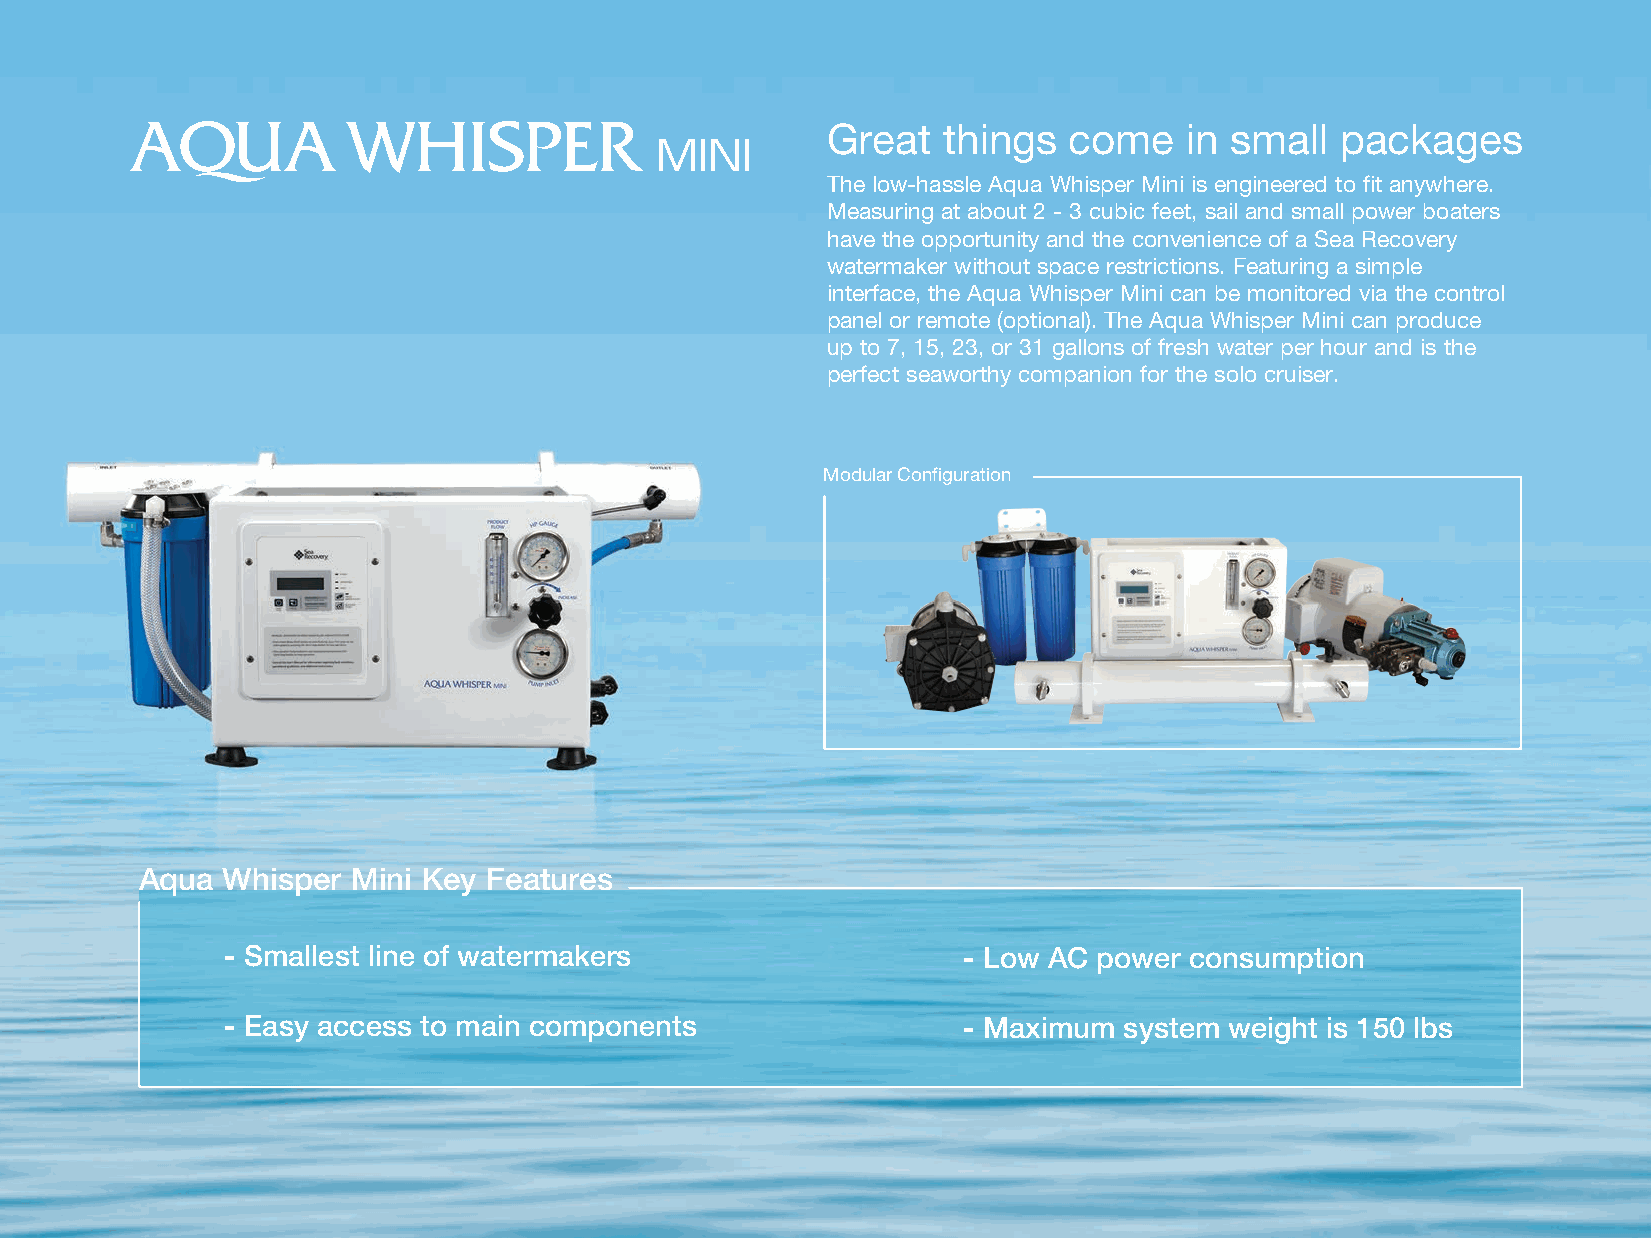
Great  things   come    in small  packages
 MINI
 The low-hassle Aqua Whisper Mini is engineered to fit anywhere.
 Measuring at about 2 - 3 cubic feet, sail and small power boaters
 have the opportunity and the convenience of a Sea Recovery
 watermaker without space restrictions. Featuring a simple
 interface, the Aqua Whisper Mini can be monitored via the control
 panel or remote (optional). The Aqua Whisper Mini can produce
 up to 7, 15, 23, or 31 gallons of fresh water per hour and is the
 perfect seaworthy companion for the solo cruiser.
 Modular Configuration
 Aqua  Whisper Mini Key Features
 - Smallest line of watermakers                   - Low AC power consumption
 - Easy access to main components                 - Maximum system weight is 150 lbs